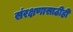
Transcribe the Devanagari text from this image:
संरक्षणासाठीही